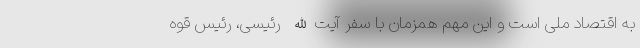
به اقتصاد ملی است و این مهم همزمان با سفر آیت‌الله رئیسی، رئیس قوه